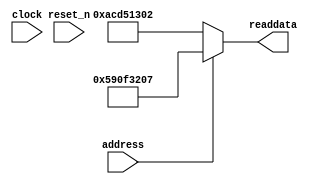
module soc_system_sysid_qsys_6 (
                address,
                clock,
                reset_n,
                readdata
             )
;
  output  [ 31: 0] readdata;
  input            address;
  input            clock;
  input            reset_n;
  wire    [ 31: 0] readdata;
  assign readdata = address ? 1494168071 : 2899645186;
endmodule